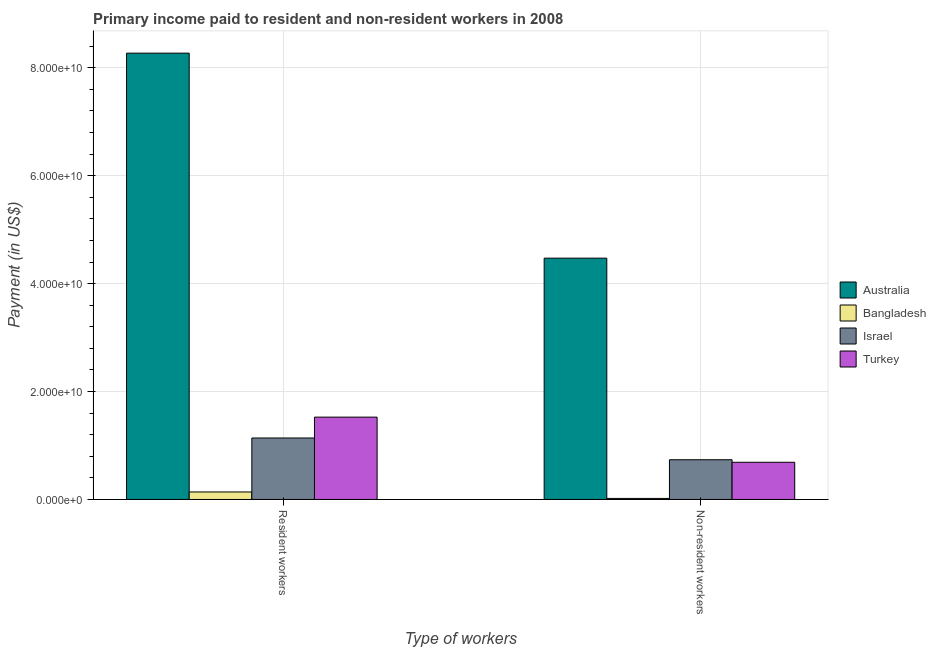
| Type of workers | Australia | Bangladesh | Israel | Turkey |
 | --- | --- | --- | --- | --- |
 | Resident workers | 8.27e+10 | 1.39e+09 | 1.14e+10 | 1.53e+10 |
 | Non-resident workers | 4.47e+10 | 1.9e+08 | 7.36e+09 | 6.89e+09 |